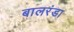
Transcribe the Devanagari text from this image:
बालरंडा